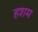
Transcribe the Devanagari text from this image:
हशम